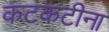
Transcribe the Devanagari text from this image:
कटकटीना